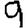
Digit: 9